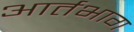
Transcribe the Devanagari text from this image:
आर्तभाग